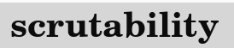
scrutability